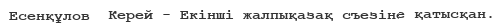
Есенқұлов  Керей - Екінші жалпықазақ съезіне қатысқан.